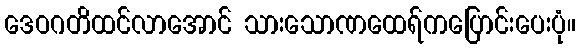
ဒေဝဂတိထင်လာအောင် သားသောဏထေရ်ကပြောင်းပေးပုံ။